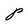
Character: P